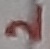
Text: 2